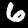
Label: 6